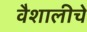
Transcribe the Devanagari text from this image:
वैशालीचे